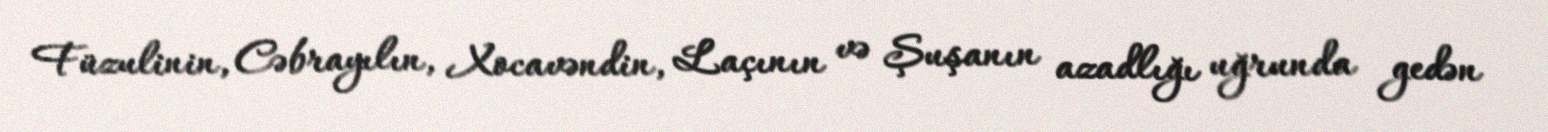
Füzulinin, Cəbrayılın, Xocavəndin, Laçının və Şuşanın azadlığı uğrunda gedən